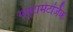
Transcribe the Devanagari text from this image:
ग्लूटामेटर्जिक